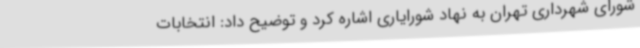
شورای شهرداری تهران به نهاد شورایاری اشاره کرد و توضیح داد: انتخابات